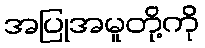
အပြုအမူတို့ကို